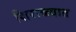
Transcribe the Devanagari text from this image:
शिराळ्यात